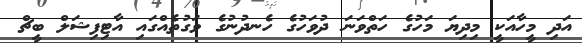
އަދި މީހާއަކީ މިދިޔަ މަހުގެ ހަތްވަނަ ދުވަހުގެ ހެނދުނުގެ ވަގުތެއްގައި އާޓިފިޝަލް ބީޗް